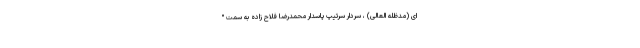
ای (مدظله العالی) ، سردار سرتیپ پاسدار محمدرضا فلاح زاده به سمت "